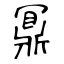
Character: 鼏